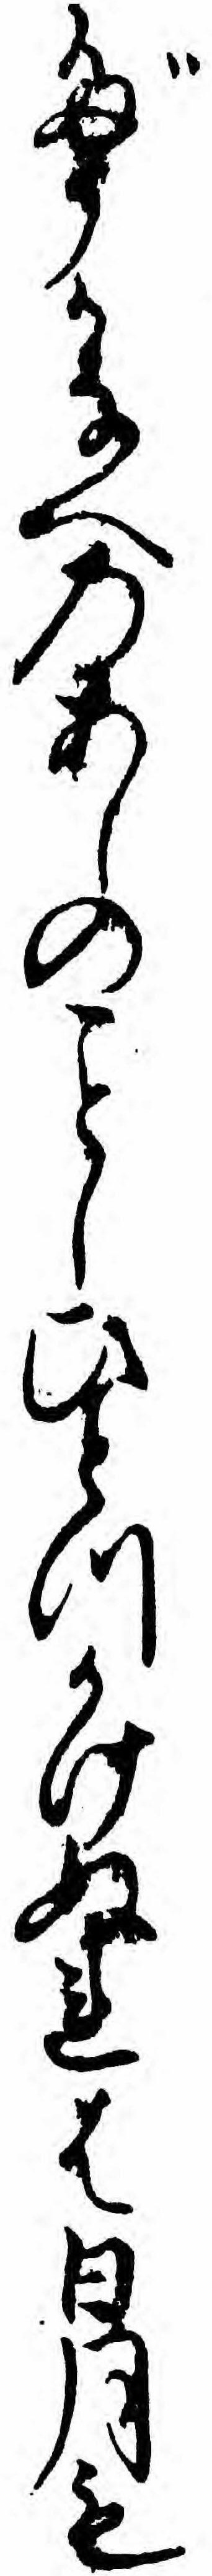
だうかなへのあしのしひとつかけぬれは日月も